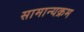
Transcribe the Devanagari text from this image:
सामान्यक्रम